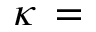
\kappa \, =